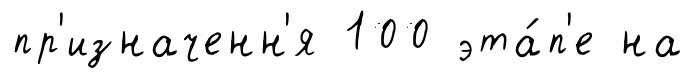
пр'изначенн'я 100 эта́п'е на